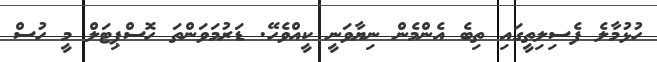
ހުޅުމާލެ ފެސިލިތީގައި ތިބެ އެންމެން ނިޔާވަނީ ކީއްވެހޭ. ޑަރުމަވަންތަ ހޮސްޕިޓަލް މީ ހުސް